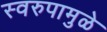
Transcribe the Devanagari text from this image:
स्वरुपामुळे